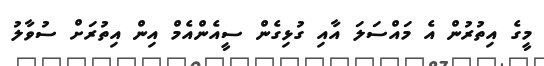
މީގެ އިތުރުން އެ މައްސަލަ އާއި ގުޅިގެން ސީއެންއެމް އިން އިތުރަށް ސުވާލު